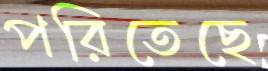
পরিতেছে